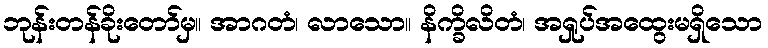
ဘုန်းတန်ခိုးတော်မှ။ အာဂတံ၊ လာသော။ နိက္ခိလိတံ၊ အရှုပ်အထွေးမရှိသော